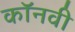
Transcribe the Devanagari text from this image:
कॉनवी